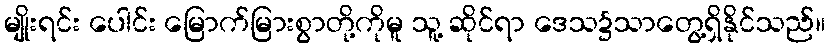
မျိုးရင်း ပေါင်း မြောက်မြားစွာတို့ကိုမူ သူ့ ဆိုင်ရာ ဒေသ၌သာတွေ့ရှိနိုင်သည်။